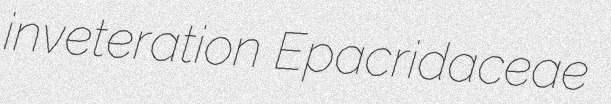
inveteration Epacridaceae